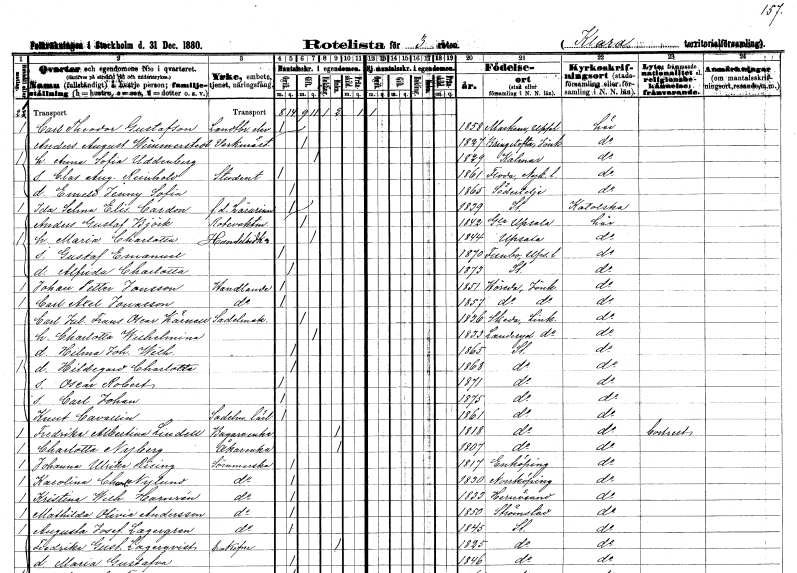
gt_parse: households: individuals: FN: Carl Theodor
EN: Gustafson
YRKE: Lantbrukselev
KON: M
CIV: O
FODAR: 1858
FODFORS: Markim Stockholms län
FN: Anders August
EN: Winnerstedt
YRKE: Verkmästare
KON: M
CIV: G
FODAR: 1827
FODFORS: Bringetofta Jönköpings län
FN: Anna Sofia
EN: Uddenberg
KON: K
CIV: G
FODAR: 1829
FODFORS: Kalmar Kalmar län
FN: Clas August Reinhold
YRKE: Student
KON: M
CIV: O
FODAR: 1861
FODFORS: Floda Södermanlands län
FN: Emeli Jenny Sofia
KON: K
CIV: O
FODAR: 1865
FODFORS: Södertälje Stockholms län
FN: Ida Selma Elisabet
EN: Cardon
YRKE: Lärarinna f.d.
KON: K
CIV: O
FODAR: 1839
FODFORS: Stockholm
FN: Anders Gustaf
EN: Björk
YRKE: Rotevaktmästare
KON: M
CIV: G
FODAR: 1842
FODFORS: Gamla Uppsala Uppsala län
FN: Maria Charlotta
YRKE: Handelsidkare
KON: K
CIV: G
FODAR: 1844
FODFORS: Uppsala Uppsala län
FN: Gustaf Emanuel
KON: M
CIV: O
FODAR: 1870
FODFORS: Funbo Uppsala län
FN: Alfrida Charlotta
KON: K
CIV: O
FODAR: 1873
FODFORS: Stockholm
FN: Johan Petter
EN: Jonsson
YRKE: Handlande
KON: M
CIV: O
FODAR: 1851
FODFORS: Höreda Jönköpings län
FN: Carl Axel
EN: Jonasson
YRKE: Handlande
KON: M
CIV: O
FODAR: 1857
FODFORS: Höreda Jönköpings län
FN: Carl Julius Frans Oscar
EN: Kärnell
YRKE: Sadelmakare
KON: M
CIV: G
FODAR: 1836
FODFORS: Skeda Östergötlands län
FN: Charlotta Wilhelmina
KON: K
CIV: G
FODAR: 1833
FODFORS: Landeryd Östergötlands län
FN: Hilma Johanna Wilhelmina
KON: K
CIV: O
FODAR: 1865
FODFORS: Stockholm
FN: Hildegard Charlotta
KON: K
CIV: O
FODAR: 1868
FODFORS: Stockholm
FN: Oscar Robert
KON: M
CIV: O
FODAR: 1871
FODFORS: Stockholm
FN: Carl Johan
KON: M
CIV: O
FODAR: 1875
FODFORS: Stockholm
FN: Knut
EN: Cavalli
YRKE: Sadelmakarelärling
KON: M
CIV: O
FODAR: 1861
FODFORS: Stockholm
FN: Fredrika Albertina
EN: Lindell
YRKE: Bagareänka
KON: K
CIV: E
FODAR: 1818
FODFORS: Stockholm
FN: Charlotta
EN: Nyberg
YRKE: Åkareänka
KON: K
CIV: E
FODAR: 1807
FODFORS: Stockholm
FN: Johanna Ulrika
EN: Rising
YRKE: Sömmerska
KON: K
CIV: O
FODAR: 1817
FODFORS: Enköping Uppsala län
FN: Karolina Charlotta
EN: Nylund
YRKE: Sömmerska
KON: K
CIV: O
FODAR: 1830
FODFORS: Norrköping Östergötlands län
FN: Kristina Wilhelmina
EN: Harnrén
YRKE: Sömmerska
KON: K
CIV: O
FODAR: 1833
FODFORS: Härnösand Västernorrlands län
FN: Mathilda Olivia
EN: Andersson
YRKE: Sömmerska
KON: K
CIV: O
FODAR: 1850
FODFORS: Strömstad Göteborgs- och Bohuslän
FN: Augusta Josefina
EN: Lagergren
YRKE: Sömmerska
KON: K
CIV: O
FODAR: 1845
FODFORS: Stockholm
FN: Fredrika Gustafva
EN: Lagerqvist
KON: K
CIV: E
FODAR: 1825
FODFORS: Stockholm
FN: Maria Gustafva
KON: K
CIV: O
FODAR: 1846
FODFORS: Stockholm